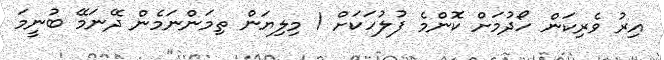
އިރު ވެރިކަން ހޯދުމަށް ކޮންމެ ފުލުހަކަށް 1 މިލިޔަން ތިމަންނަމެން ދޭނަމޭ ބުނީމަ